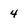
Character: 4